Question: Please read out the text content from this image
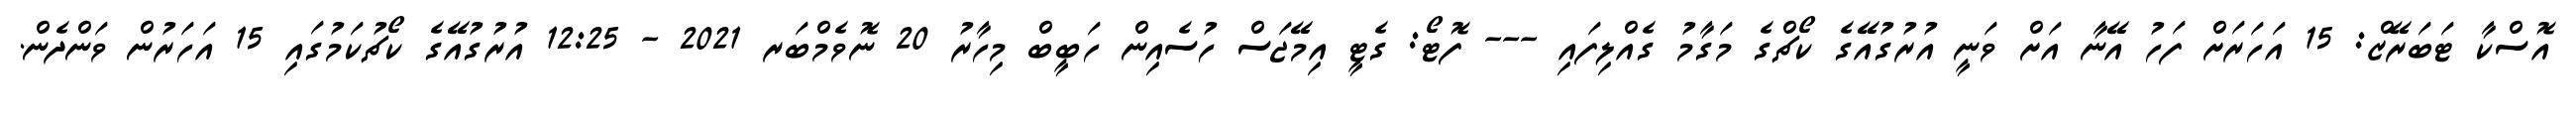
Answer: އޮސްކާ ޓަބަރޭޒް: 15 އަހަރަށް ފަހު އޭނާ އަށް ވަނީ އުރުގުއޭގެ ކޯޗްގެ މަގާމު ގެއްލިފައި --- ފޮޓޯ: ގެޓީ އިމޭޖަސް ހުސެއިން ހަބީބް މިހާރު 20 ނޮވެމްބަރ 2021 - 12:25 އުރުގުއޭގެ ކޯޗުކަމުގައި 15 އަހަރުން ވަންދެން.